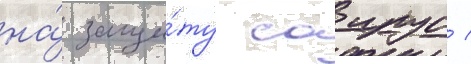
на́ защи́ту саирус /